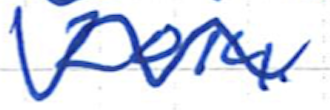
Text: 2014.
Cross-out: wave
Writing tool: ballpoint